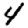
Digit: 4